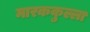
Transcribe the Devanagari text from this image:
मारककुल्ला